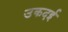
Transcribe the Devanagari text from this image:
उकदई